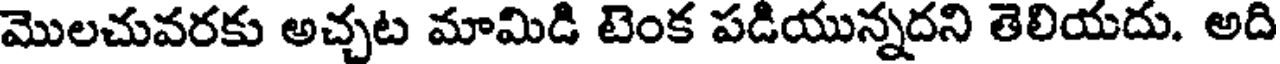
మొలచువరకు అచ్చట మామిడి టెంక పడియున్నదని తెలియదు. అది